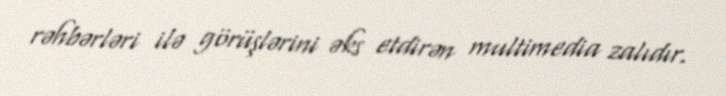
rəhbərləri ilə görüşlərini əks etdirən multimedia zalıdır.